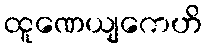
ထူဏေယျကေဟိ